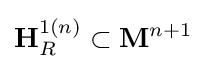
\mathbf {H} _{R}^{1(n)}\subset \mathbf {M} ^{n+1}